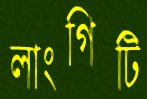
লাংগিটি